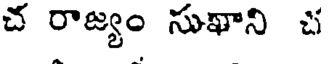
చ రాజ్యం సుఖాని చ